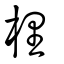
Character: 梩